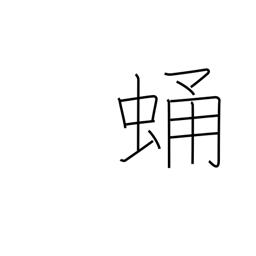
Meaning: chrysalis